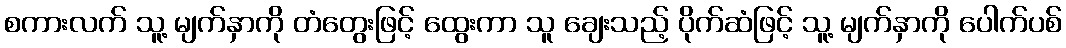
စကားလက် သူ့ မျက်နှာကို တံတွေးဖြင့် ထွေးကာ သူ ချေးသည့် ပိုက်ဆံဖြင့် သူ့ မျက်နှာကို ပေါက်ပစ်